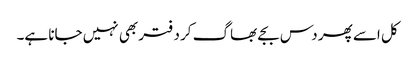
کل اسے پھر دس بجے بھاگ کر دفتر بھی نہیں جانا ہے۔